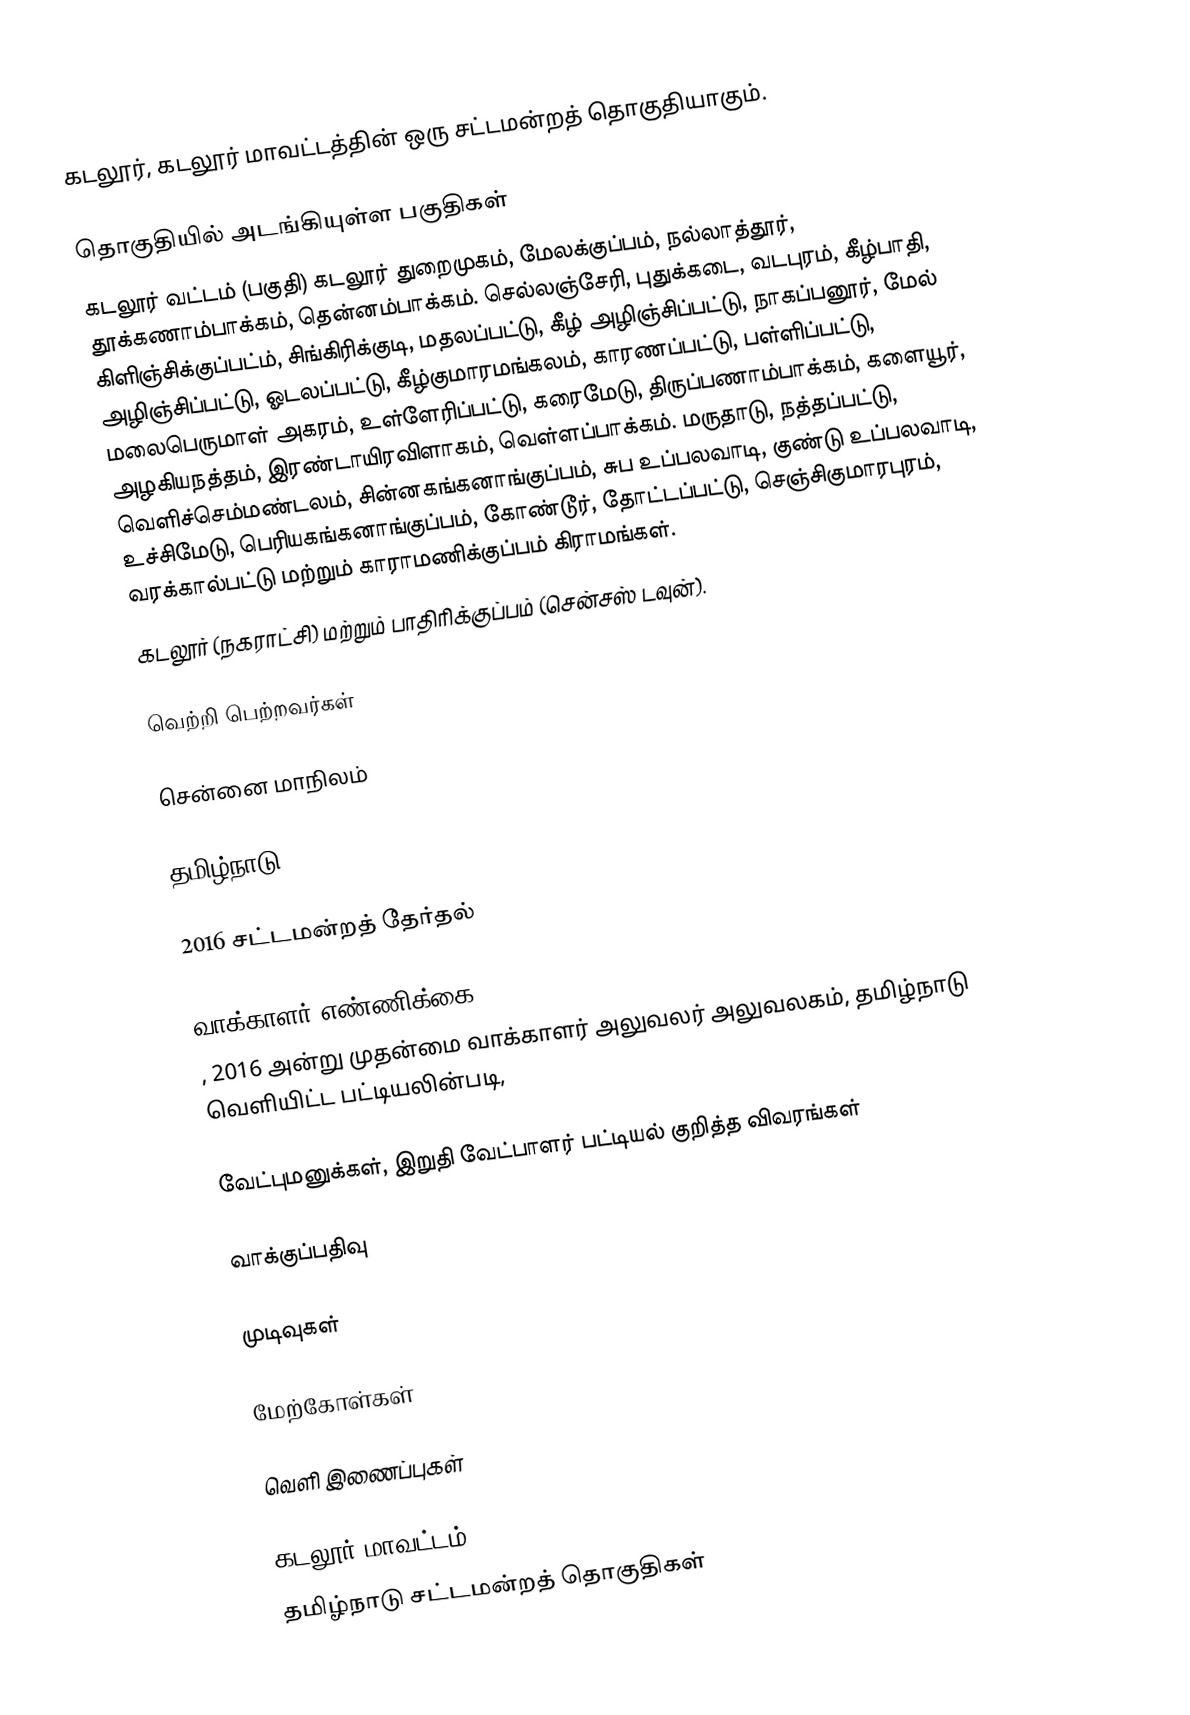
கடலூர்,  கடலூர் மாவட்டத்தின் ஒரு சட்டமன்றத் தொகுதியாகும்.

தொகுதியில் அடங்கியுள்ள பகுதிகள்
கடலூர் வட்டம் (பகுதி) கடலூர் துறைமுகம், மேலக்குப்பம், நல்லாத்தூர், தூக்கணாம்பாக்கம், தென்னம்பாக்கம். செல்லஞ்சேரி, புதுக்கடை, வடபுரம், கீழ்பாதி, கிளிஞ்சிக்குப்பட்ம், சிங்கிரிக்குடி, மதலப்பட்டு, கீழ் அழிஞ்சிப்பட்டு, நாகப்பனூர், மேல் அழிஞ்சிப்பட்டு, ஓடலப்பட்டு, கீழ்குமாரமங்கலம், காரணப்பட்டு, பள்ளிப்பட்டு, மலைபெருமாள் அகரம், உள்ளேரிப்பட்டு, கரைமேடு, திருப்பணாம்பாக்கம், களையூர், அழகியநத்தம், இரண்டாயிரவிளாகம், வெள்ளப்பாக்கம். மருதாடு, நத்தப்பட்டு, வெளிச்செம்மண்டலம், சின்னகங்கனாங்குப்பம், சுப உப்பலவாடி, குண்டு உப்பலவாடி, உச்சிமேடு, பெரியகங்கனாங்குப்பம், கோண்டூர், தோட்டப்பட்டு, செஞ்சிகுமாரபுரம், வரக்கால்பட்டு மற்றும் காராமணிக்குப்பம் கிராமங்கள்.
கடலூர் (நகராட்சி) மற்றும் பாதிரிக்குப்பம் (சென்சஸ் டவுன்).

வெற்றி பெற்றவர்கள்

சென்னை மாநிலம்

தமிழ்நாடு

2016 சட்டமன்றத் தேர்தல்

வாக்காளர் எண்ணிக்கை
, 2016 அன்று முதன்மை வாக்காளர் அலுவலர் அலுவலகம், தமிழ்நாடு வெளியிட்ட பட்டியலின்படி,

வேட்புமனுக்கள், இறுதி வேட்பாளர் பட்டியல் குறித்த விவரங்கள்

வாக்குப்பதிவு

முடிவுகள்

மேற்கோள்கள்

வெளி இணைப்புகள்

கடலூர் மாவட்டம்
தமிழ்நாடு சட்டமன்றத் தொகுதிகள்